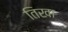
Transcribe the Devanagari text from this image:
तिखा